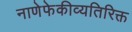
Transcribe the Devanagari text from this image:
नाणेफेकीव्यतिरिक्त